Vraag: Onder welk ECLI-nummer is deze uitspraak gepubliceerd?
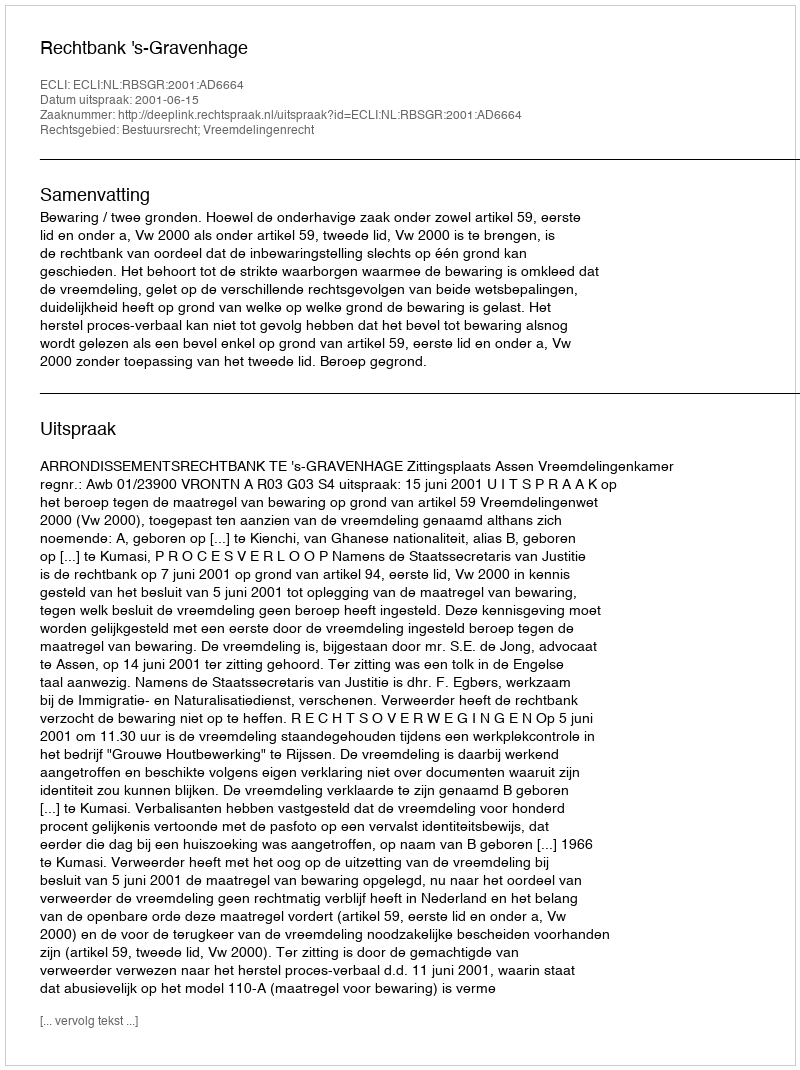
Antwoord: ECLI:NL:RBSGR:2001:AD6664